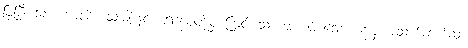
ပြပြီးသော ကာလိကသုံးမျိုးနှင့် ရေဒန်ပူတို့မှ ကြွင်းသော အကပ်ခံသော နေ့မှ အသက်ထက်ဆုံး